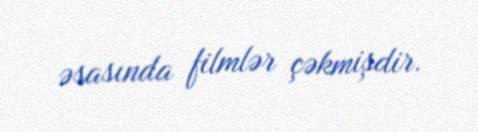
əsasında filmlər çəkmişdir.